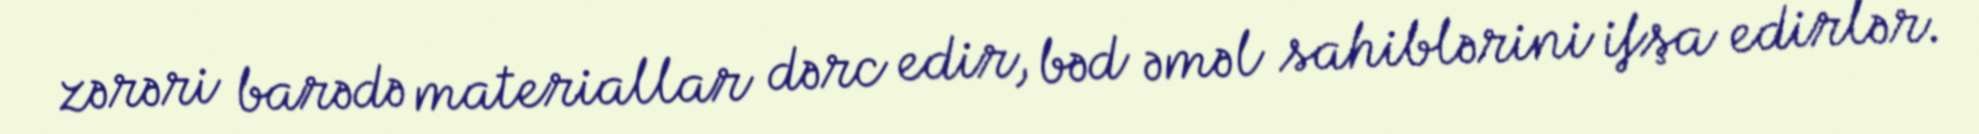
zərəri barədə materiallar dərc edir, bəd əməl sahiblərini ifşa edirlər.